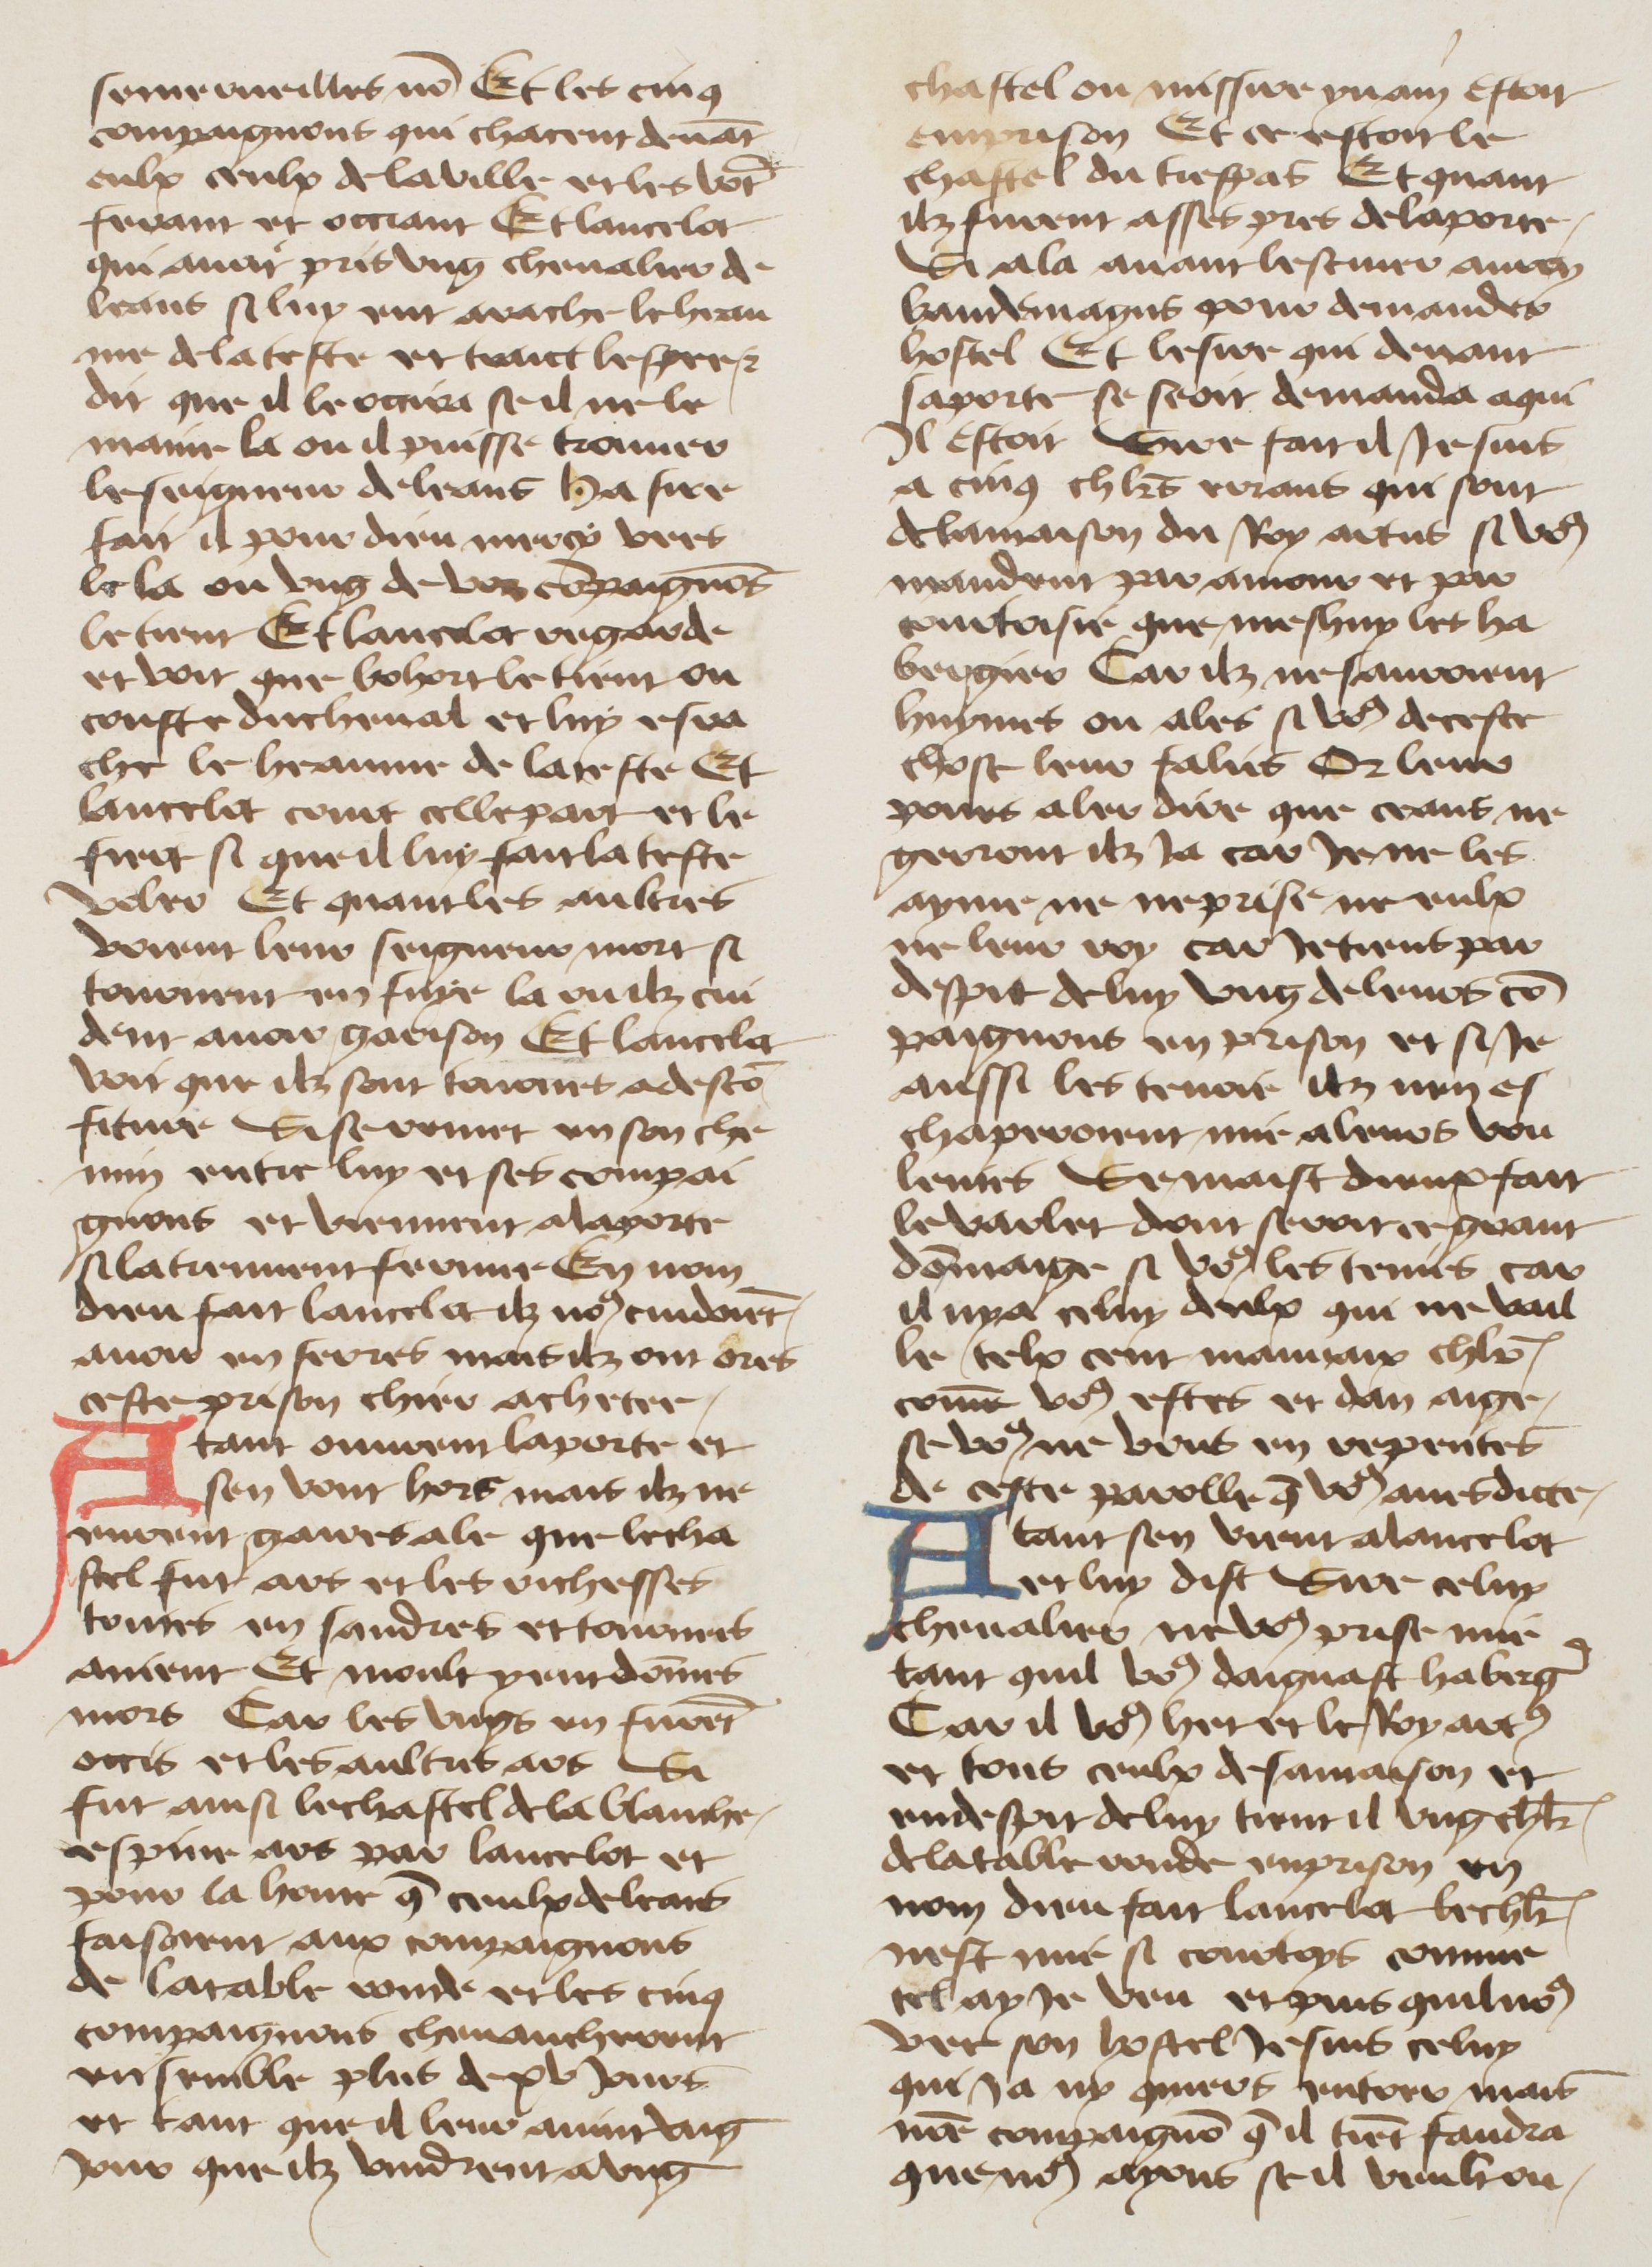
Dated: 1400–1499